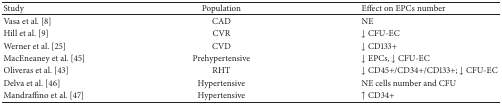
<table><thead><tr><td><b>Study</b></td><td><b>Population</b></td><td><b>Effect on EPCs number </b></td></tr></thead><tbody><tr><td>Vasa et al. [8]</td><td>CAD</td><td>NE </td></tr><tr><td>Hill et al. [9]</td><td>CVR</td><td>↓ CFU-EC</td></tr><tr><td>Werner et al. [25]</td><td>CVD</td><td>↓ CD133+</td></tr><tr><td>MacEneaney et al. [45]</td><td>Prehypertensive</td><td>↓ EPCs, ↓ CFU-EC</td></tr><tr><td>Oliveras et al. [43]</td><td>RHT</td><td>↓ CD45+/CD34+/CD133+; ↓ CFU-EC</td></tr><tr><td>Delva et al. [46]</td><td>Hypertensive</td><td>NE cells number and CFU </td></tr><tr><td>Mandraffino et al. [47]</td><td>Hypertensive</td><td>↑ CD34+</td></tr></tbody></table>